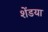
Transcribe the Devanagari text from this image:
शेंडया